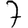
Digit: 7